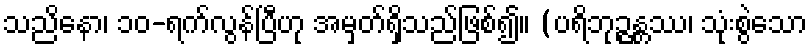
သညိနော၊ ၁၀-ရက်လွန်ပြီဟု အမှတ်ရှိသည်ဖြစ်၍။ (ပရိဘုဉ္ဇန္တဿ၊ သုံးစွဲသော